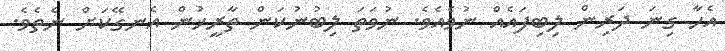
އެހާ ގިނަ ދަރިން ލިބިފައެއް ނުވެއެވެ. ނުވަތަ ލިބުނުކަން ތާރީޚުން އެނގޭކަށް ނެތެވެ.